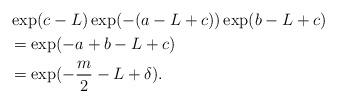
LaTeX: \begin{align*}&\exp (c-L) \exp(-(a-L+c)) \exp(b-L+c)\\&=\exp(-a+b-L+c) \\&=\exp(-\frac{m}{2} - L + \delta).\end{align*}